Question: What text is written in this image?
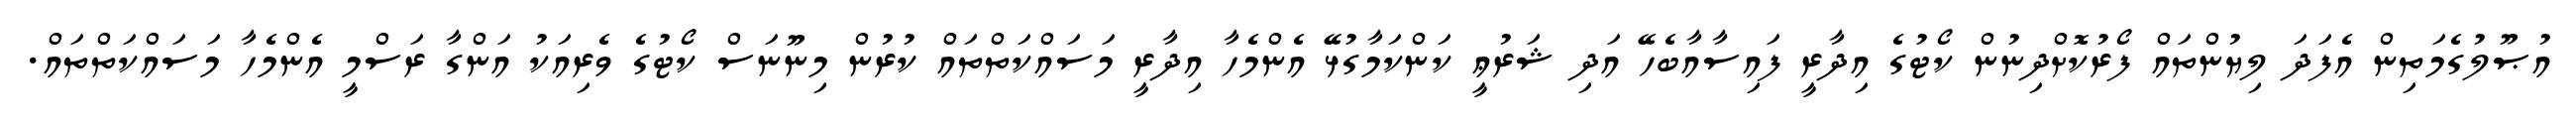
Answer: އުޞޫލުގެމަތިން އެފަދަ ލިޔުންތައް ފޯރުކޮށްދިނުން ކޯޓުގެ އިދާރީ ފައިސާއާބެހޭ އަދި ޝަރުޢީ ކަންކަމާގުޅޭ އެންމެހާ އިދާރީ މަސައްކަތްތައް ކުރުން މިނޫނަސް ކޯޓުގެ ވެރިއަކު އަންގާ ރަސްމީ އެންމެހާ މަސައްކަތްތައް.